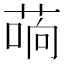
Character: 𰱣